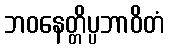
ဘဝနေတ္တိပ္ပဘာဝိတံ